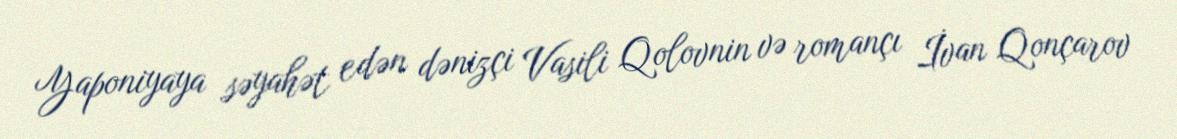
Yaponiyaya səyahət edən dənizçi Vasili Qolovnin və romançı İvan Qonçarov